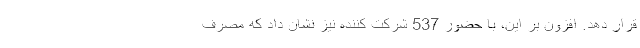
قرار دهد. افزون بر این، با حضور 537 شرکت کننده نیز نشان داد که مصرف